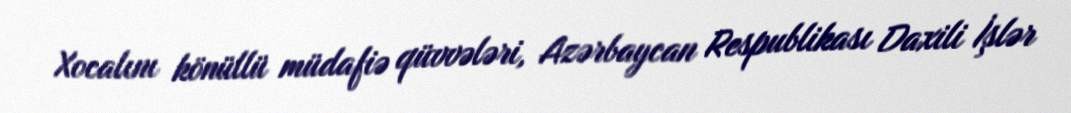
Xocalını könüllü müdafiə qüvvələri, Azərbaycan Respublikası Daxili İşlər